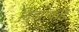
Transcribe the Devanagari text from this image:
दिव्याकडे